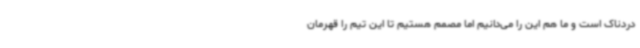
دردناک است و ما هم این را می‌دانیم اما مصمم هستیم تا این تیم را قهرمان